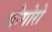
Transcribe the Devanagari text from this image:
बोगोरो